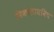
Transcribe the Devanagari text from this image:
निकोलायविच